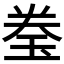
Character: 𬍢